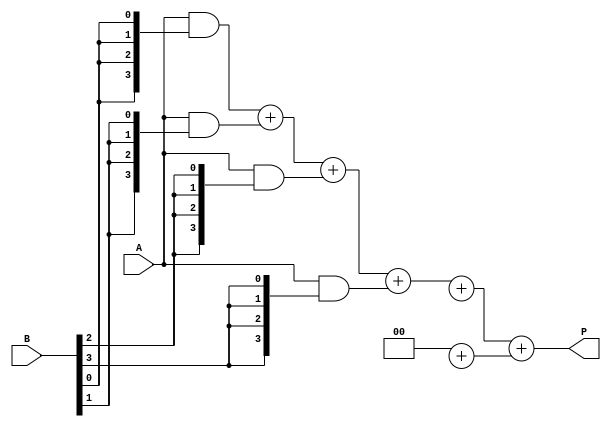
module async_wallace_tree_multiplier #(parameter N = 4) (
    input [N-1:0] A,
    input [N-1:0] B,
    output reg [2*N-1:0] P
);

    reg [N-1:0] partial_products[N-1:0];
    reg [2*N-1:0] stage1_sum [N-1:0];
    reg [N:0] stage1_carry [N-1:0];
    reg [2*N-1:0] stage2_sum [N-1:0];
    reg [N:0] stage2_carry [N-1:0];
    reg [2*N-1:0] final_sum;
    reg [N:0] final_carry;

    integer i, j;

    // Partial Product Generation
    always @(*) begin
        for (i = 0; i < N; i = i + 1) begin
            partial_products[i] = A & {N{B[i]}};
        end
    end

    // Wallace Tree Reduction Stage 1
    always @(*) begin
        for (i = 0; i < N; i = i + 1) begin
            if (i % 3 == 0) begin
                stage1_sum[i/3] = partial_products[i];
                stage1_carry[i/3] = 0;
            end else if (i % 3 == 1) begin
                {stage1_carry[i/3], stage1_sum[i/3]} = stage1_sum[i/3] + partial_products[i];
            end else begin
                {stage1_carry[i/3], stage1_sum[i/3]} = stage1_sum[i/3] + partial_products[i];
            end
        end
    end

    // Wallace Tree Reduction Stage 2
    always @(*) begin
        for (i = 0; i < (N+1)/2; i = i + 1) begin
            if (i % 3 == 0) begin
                stage2_sum[i/3] = stage1_sum[i];
                stage2_carry[i/3] = stage1_carry[i];
            end else if (i % 3 == 1) begin
                {stage2_carry[i/3], stage2_sum[i/3]} = stage2_sum[i/3] + stage1_sum[i];
                stage2_carry[i/3] = stage2_carry[i/3] + stage1_carry[i];
            end else begin
                {stage2_carry[i/3], stage2_sum[i/3]} = stage2_sum[i/3] + stage1_sum[i];
                stage2_carry[i/3] = stage2_carry[i/3] + stage1_carry[i];
            end
        end
    end

    // Final Addition
    always @(*) begin
        final_sum = stage2_sum[0] + stage2_sum[1];
        final_carry = stage2_carry[0] + stage2_carry[1];
    end

    // Output the final product
    always @(*) begin
        P = final_sum + final_carry;
    end

endmodule